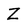
Character: Z